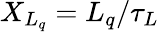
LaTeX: X_{L_{q}}=L_{q}/\tau_{L}